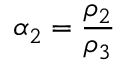
\alpha _ { 2 } = \frac { \rho _ { 2 } } { \rho _ { 3 } }